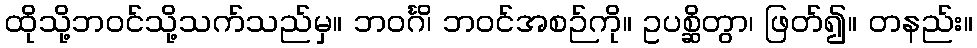
ထိုသို့ဘဝင်သို့သက်သည်မှ။ ဘဝင်္ဂိ၊ ဘဝင်အစဉ်ကို။ ဥပစ္ဆိတွာ၊ ဖြတ်၍။ တနည်း။